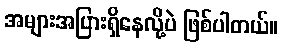
အများအပြားရှိနေလို့ပဲ ဖြစ်ပါတယ်။